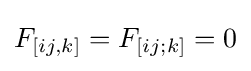
F_{[ij,k]}=F_{[ij;k]}=0